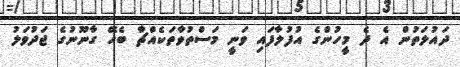
ދައުލަތުން އެ ދެ މީހުންގެ އުފުލާފައި ވަނީ މަސްތުވާތަކެއްޗާ ބެހޭ ގާނޫނުގެ ޖަދުވަލު